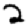
Digit: 2